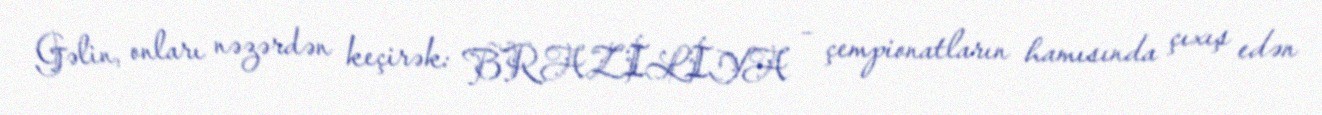
Gəlin, onları nəzərdən keçirək: BRAZİLİYA – çempionatların hamısında çıxış edən